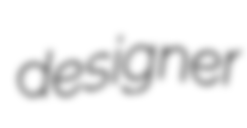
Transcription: designer